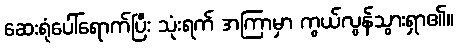
ဆေးရုံပေါ်ရောက်ပြီး သုံးရက် အကြာမှာ ကွယ်လွန်သွားရှာ၏။